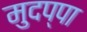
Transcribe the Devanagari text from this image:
मुदप्पा